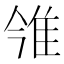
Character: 雂